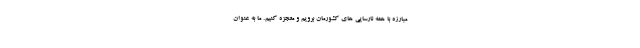
مبارزه با همه نارسایی های کشورمان برویم و معجزه کنیم. ما به عنوان